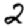
Digit: 2